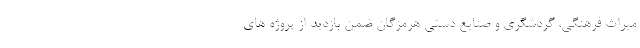
میراث فرهنگی، گردشگری و صنایع دستی هرمزگان ضمن بازدید از پروژه های